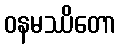
ဝနမဿိတော